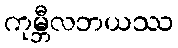
ကုမ္ဘီလဘယဿ